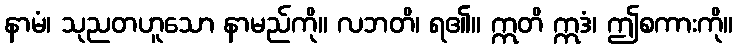
နာမံ၊ သုညတဟူသော နာမည်ကို။ လဘတိ၊ ရ၏။ ဣတိ ဣဒံ၊ ဤစကားကို။